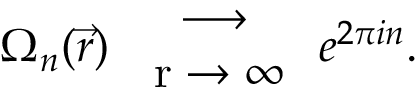
\Omega _ { n } { ( \vec { r } ) } \begin{array} { c } { { \longrightarrow } } \\ { { \mathrm { \tiny ~ { \vec { ~ } r } \to \infty ~ } } } \end{array} e ^ { 2 \pi i n } . \nonumber